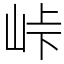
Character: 峠